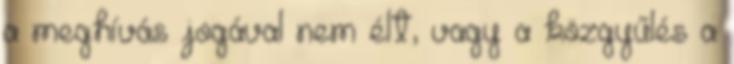
a meghívás jogával nem élt, vagy a közgyűlés a